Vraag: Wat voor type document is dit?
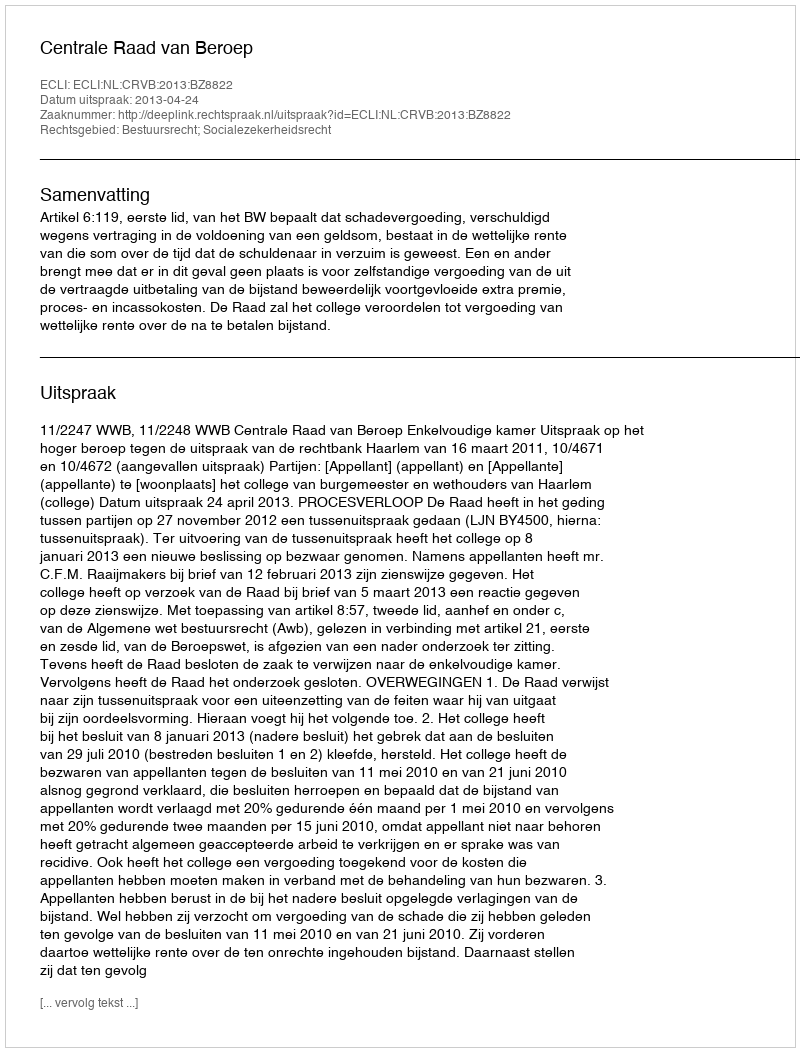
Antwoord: Uitspraak